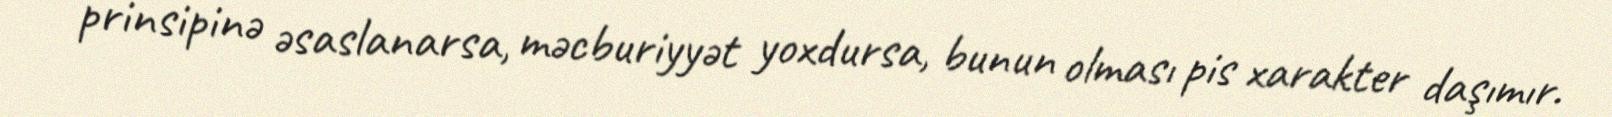
prinsipinə əsaslanarsa, məcburiyyət yoxdursa, bunun olması pis xarakter daşımır.